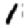
Digit: 1